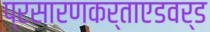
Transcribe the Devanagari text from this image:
प्रसारणकर्ताएडवर्ड